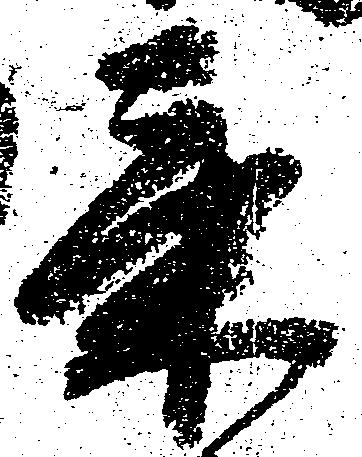
気